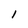
Character: I